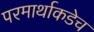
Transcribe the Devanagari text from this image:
परमार्थाकडेच